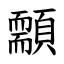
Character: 䫱